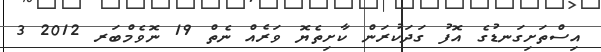
އިސްތަށިގަނޑުގެ އޮފު ގަދަކުރަން ކާށިތެޔޮ ވަރެއް ނެތް 19 ނޮވެމްބަރ 2012 3